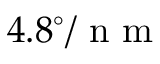
4 . 8 ^ { \circ } / \mathrm { ~ n ~ m ~ }